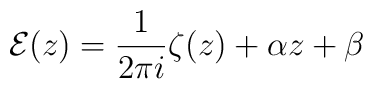
{\cal E}(z)=\frac{1}{2\pi i}\zeta(z)+\alpha z + \beta